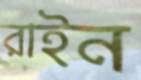
রাইন